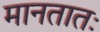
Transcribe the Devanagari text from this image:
मानतातः